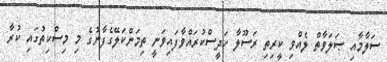
ސަލާމާއި ޞަލަވާތް ލެއްވި ކީރިތި ރަސޫލާ ހަދީސްކުރައްވާފައިވަނީ ތިމަންކަލޭގެފާނުގެ މި މިސްކިތުގައި ކުރާ